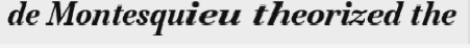
de Montesquieu theorized the